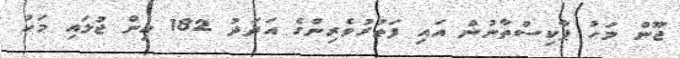
ޖޫން މަހު ޕާކިސްތާނުން އައި ފަތުރުވެރިންގެ އަދަދު 182 އިން ޖުލައި މަހު